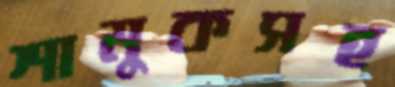
শামুকসহ